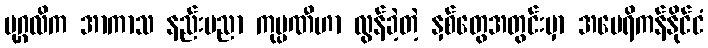
ပုဂ္ဂလိက အာကာသ နည်းပညာ ကုမ္ပဏီဟာ လွန်ခဲ့တဲ့ နှစ်တွေအတွင်းမှာ အမေရိကန်နိုင်ငံ